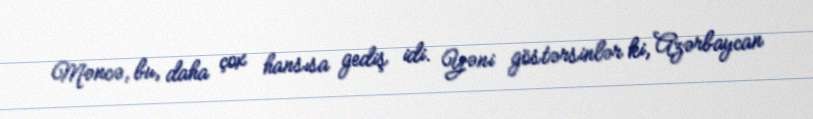
Məncə, bu, daha çox hansısa gediş idi. Yəni göstərsinlər ki, Azərbaycan